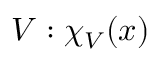
V : \chi _ { V } ( x )